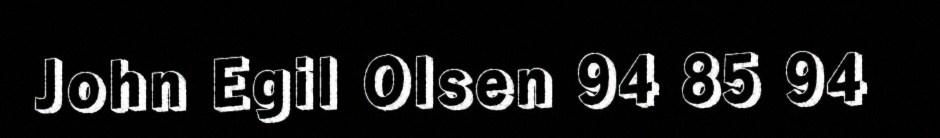
John Egil Olsen 94 85 94